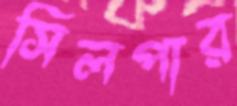
সিলপার